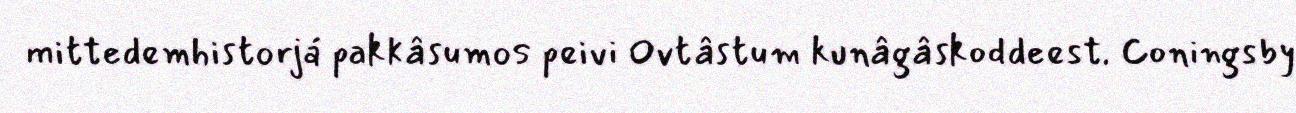
mittedemhistorjá pakkâsumos peivi Ovtâstum kunâgâskoddeest. Coningsby